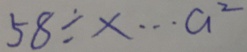
5 8 \div x \cdots a ^ { 2 }